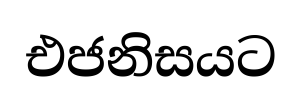
එජනිසයට